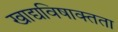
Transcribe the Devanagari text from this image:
खाद्यविषाक्तता